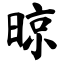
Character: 晾